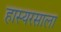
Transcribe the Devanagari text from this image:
हास्यरसाला